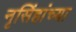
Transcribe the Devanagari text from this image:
नृसिंहांंच्या